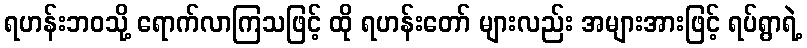
ရဟန်းဘဝသို့ ရောက်လာကြသဖြင့် ထို ရဟန်းတော် များလည်း အများအားဖြင့် ရပ်ရွာရဲ့